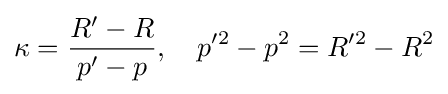
\kappa ={\frac {R'-R}{p'-p}},\quad p^{\prime 2}-p^{2}=R^{\prime 2}-R^{2}